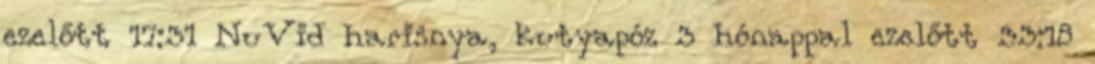
ezelőtt 17:31 NuVid harisnya, kutyapóz 3 hónappal ezelőtt 33:18